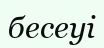
бесеуі